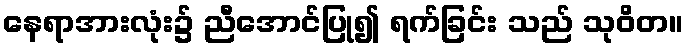
နေရာအားလုံး၌ ညီအောင်ပြု၍ ရက်ခြင်း သည် သုဝိတ။